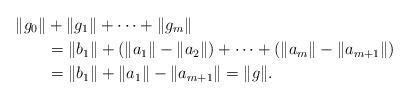
LaTeX: \begin{align*}\|g_0\|& + \|g_1\|+\cdots + \|g_m\|\\& = \|b_1\|+ (\|a_1\|-\|a_{2}\|) + \cdots + (\|a_m\|-\|a_{m+1}\|) \\& = \|b_1\|+ \|a_1\|-\|a_{m+1}\| = \|g\|.\end{align*}